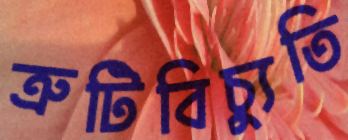
ত্রুটিবিচ্যুতি